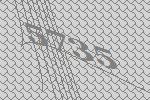
5735